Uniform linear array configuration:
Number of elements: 12
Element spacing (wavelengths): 0.5
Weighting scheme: blackman
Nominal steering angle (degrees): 45
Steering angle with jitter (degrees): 43.728
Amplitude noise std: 0.05
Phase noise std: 0.05

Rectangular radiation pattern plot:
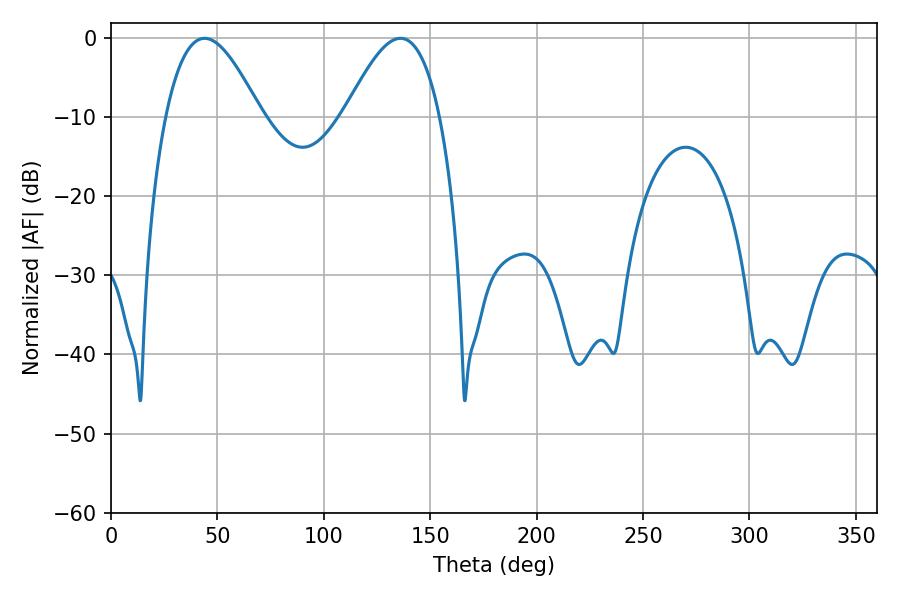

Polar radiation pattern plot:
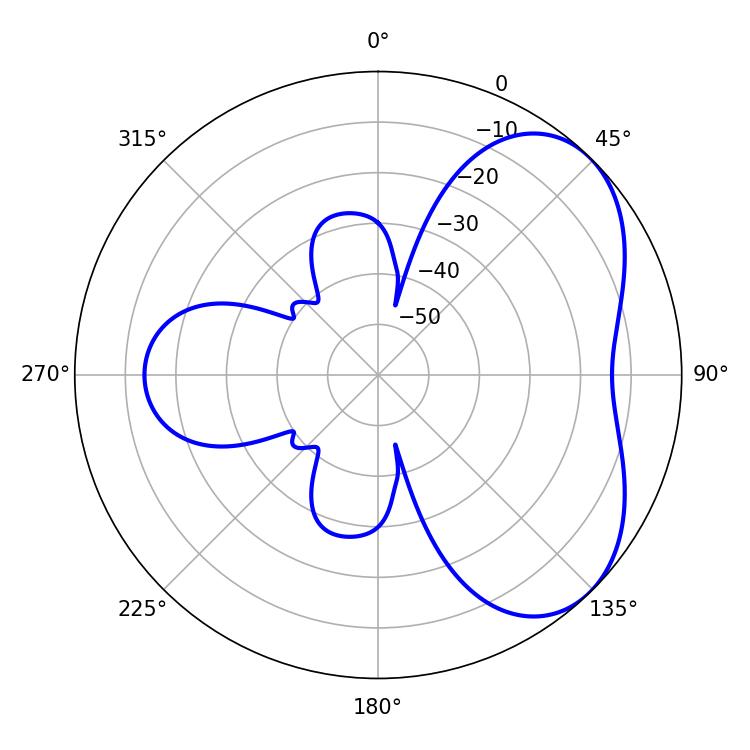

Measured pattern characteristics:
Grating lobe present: FALSE
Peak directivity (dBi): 4.807
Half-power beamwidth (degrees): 24.3
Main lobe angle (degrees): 43.92